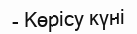
- Көрісу күні